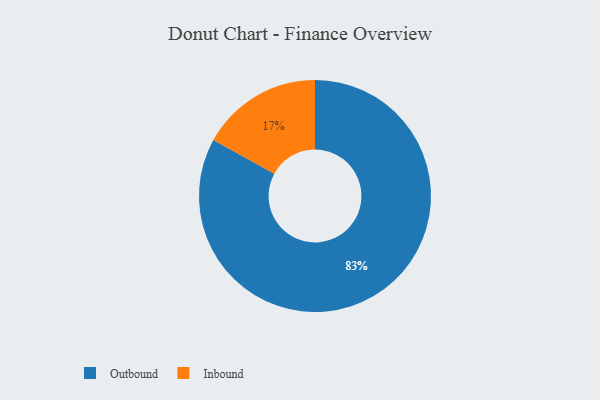
{"axis": {"x": "Category", "y": "Percentage"}, "legend": ["Inbound", "Outbound"], "data": [{"x": "Outbound", "y": 83, "type": "Outbound"}, {"x": "Inbound", "y": 17, "type": "Inbound"}]}